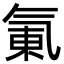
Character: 氭